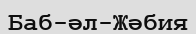
Баб-әл-Жәбия